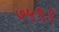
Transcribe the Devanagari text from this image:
७५९१